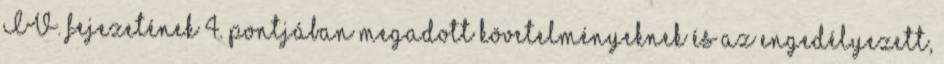
IV. fejezetének 4. pontjában megadott követelményeknek és az engedélyezett,